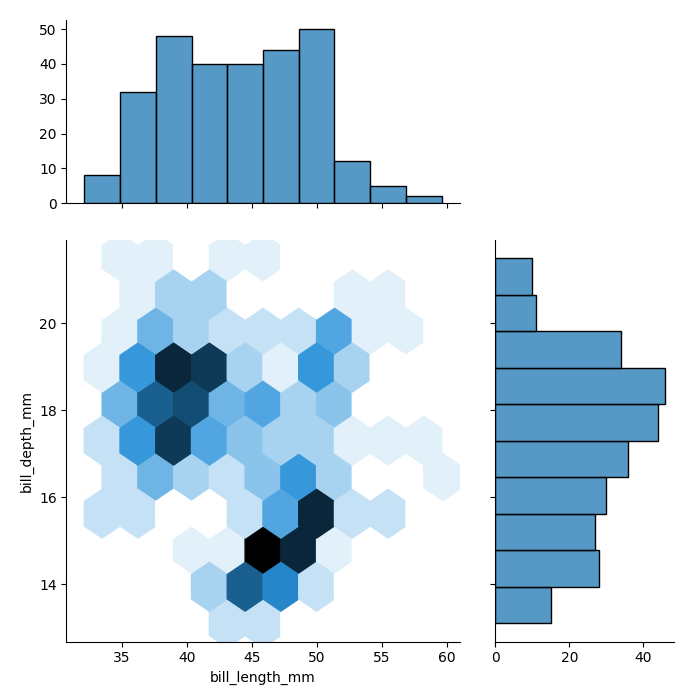
python, seaborn, jointplot, kind='hex', height='7', ratio='2', marginal_ticks='True'